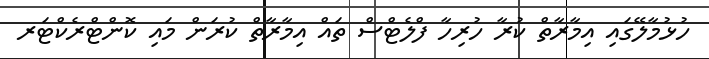
ހުޅުމާލޭގައި އިމާރާތް ކުރާ ހުރިހާ ފްލެޓްސް ތައް އިމާރާތް ކުރަން މައި ކޮންޓްރެކްޓަރ